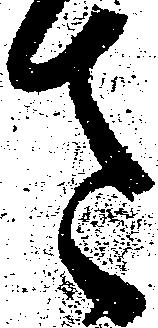
さ